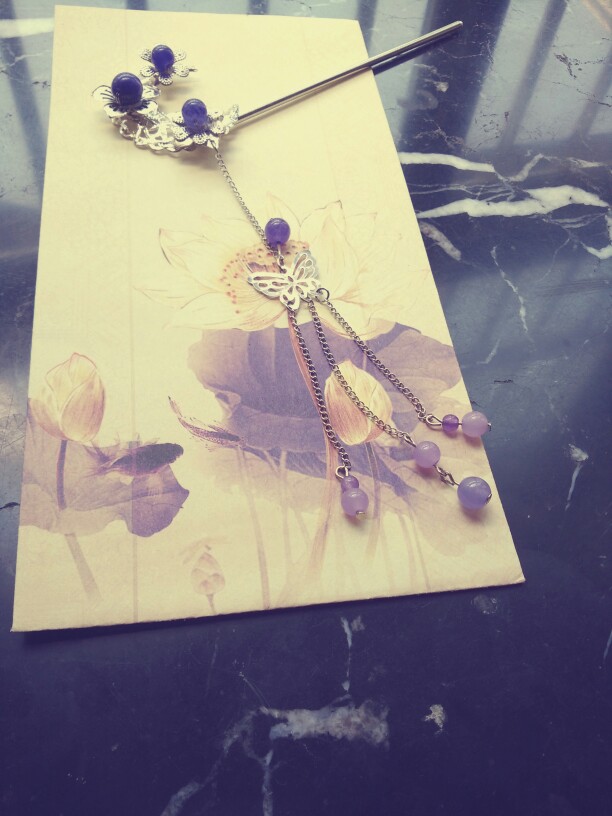
漫惹炉烟双袖紫，空将酒晕一衫青。